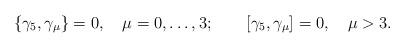
LaTeX: \begin{align*}\{\gamma_5,\gamma_\mu\}=0,\quad \mu=0,\ldots,3;\qquad[\gamma_5,\gamma_\mu]=0,\quad \mu>3.\end{align*}